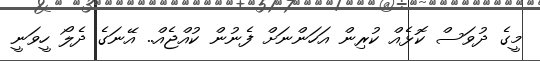
މީގެ ދުވަސް ކޮޅެއް ކުރިން އަހަންނަށް ފެނުން ކުއްޖެއް.. އޭނަގެ ދެލޯ ހީވަނީ